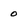
Character: o